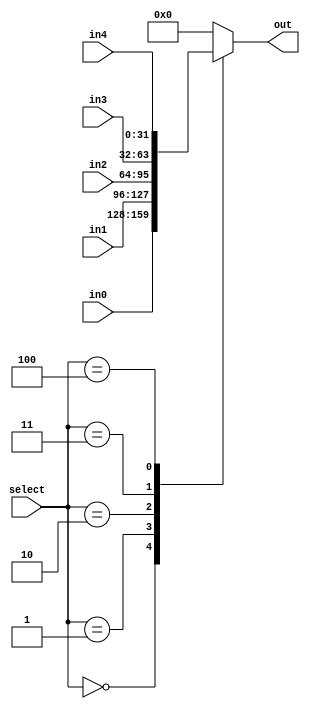
module five_to1_mux(in0, in1, in2, in3, in4, select, out);
	parameter N=32;

	input wire [N-1:0] in0, in1, in2, in3, in4;
	input wire [2:0] select;
	output wire [N-1:0] out;

	reg [N-1:0] mux_output = 32'b0;
	
	always @(*) begin
		case(select)
			3'd0 : mux_output = in0;
			3'd1 : mux_output = in1;
			3'd2 : mux_output = in2;
			3'd3 : mux_output = in3;
			3'd4 : mux_output = in4;
			default    : mux_output = 0;
		endcase
	end

	assign out = mux_output;

endmodule